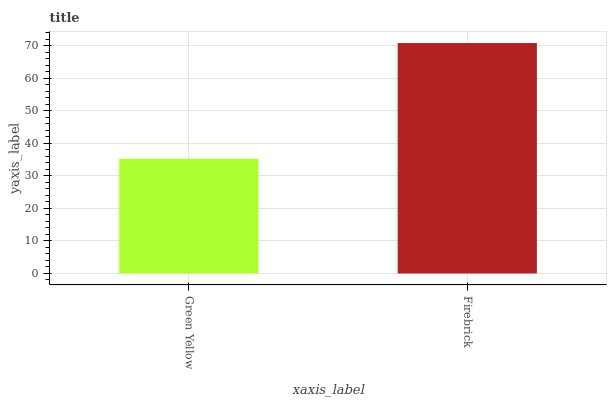
| xaxis_label | bars |
 | --- | --- |
 | Green Yellow | 35.3 |
 | Firebrick | 70.9 |